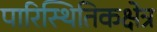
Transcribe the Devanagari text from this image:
पारिस्थितिकक्षेत्र